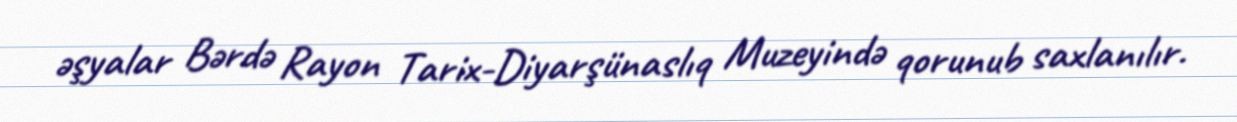
əşyalar Bərdə Rayon Tarix-Diyarşünaslıq Muzeyində qorunub saxlanılır.